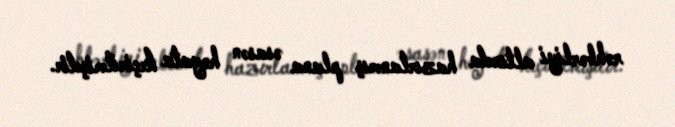
rəhbərliyi altında hazırlanmış plana əsasən həyata keçirilmişdir.